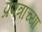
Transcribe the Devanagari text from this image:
प्रपत्राच्या